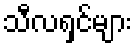
သီလရှင်များ